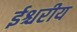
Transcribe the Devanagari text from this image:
ईश्चरीय